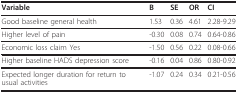
| Variable | B | SE | OR | CI |
 | --- | --- | --- | --- | --- |
 | Good baseline general health | 1.53 | 0.36 | 4.61 | 2.28-9.29 |
 | Higher level of pain | -0.30 | 0.08 | 0.74 | 0.64-0.86 |
 | Economic loss claim Yes | -1.50 | 0.56 | 0.22 | 0.08-0.66 |
 | Higher baseline HADS depression score | -0.16 | 0.04 | 0.86 | 0.80-0.92 |
 | Expected longer duration for return to usual activities | -1.07 | 0.24 | 0.34 | 0.21-0.56 |